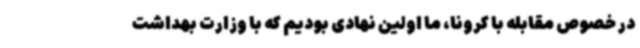
در خصوص مقابله با کرونا، ما اولین نهادی بودیم که با وزارت بهداشت